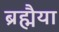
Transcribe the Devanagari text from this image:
ब्रह्मैया